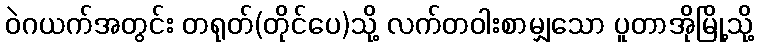
ဝဲဂယက်အတွင်း တရုတ်(တိုင်ပေ)သို့ လက်တဝါးစာမျှသော ပူတာအိုမြို့သို့